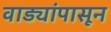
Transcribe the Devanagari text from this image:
वाड्यांपासून